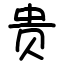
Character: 贵